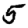
Digit: 5